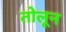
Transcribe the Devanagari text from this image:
तोलून